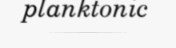
planktonic